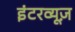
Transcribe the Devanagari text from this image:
इंटरव्यूज़